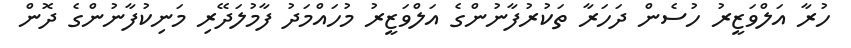
ހުރާ އަލްވަޒީރު ހުސެން ދަހަރާ ތަކުރުފާނުންގެ އަލްވަޒީރު މުހައްމަދު ފާމުލަދޭރި މަނިކުފާނުންގެ ދޮން